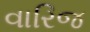
વારિજ